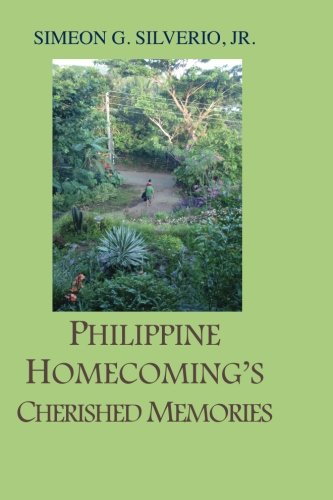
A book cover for Philippine Homecoming's Cherished Memories; Mr. Simeon G Silverio Jr.; Travel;